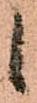
候